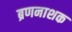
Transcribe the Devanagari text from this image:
ब्रणनाशक